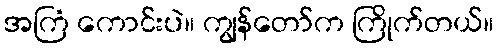
အကြံ ကောင်းပဲ။ ကျွန်တော်က ကြိုက်တယ်။